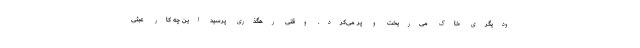
ودیگری خاک می‌ریخت و پر می‌کرد. وقتی رهگذری پرسید این چه کار عبثی